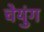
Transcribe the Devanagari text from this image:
चेयुंग